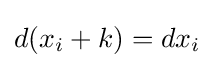
d(x_{i}+k)=dx_{i}